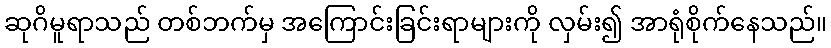
ဆုဂိမူရာသည် တစ်ဘက်မှ အကြောင်းခြင်းရာများကို လှမ်း၍ အာရုံစိုက်နေသည်။